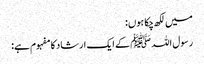
میں لکھ چکا ہوں:
رسول اللہ ﷺ کے ایک ارشاد کا مفہوم ہے: